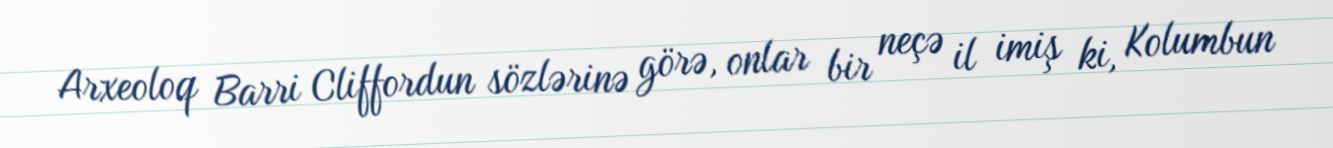
Arxeoloq Barri Cliffordun sözlərinə görə, onlar bir neçə il imiş ki, Kolumbun